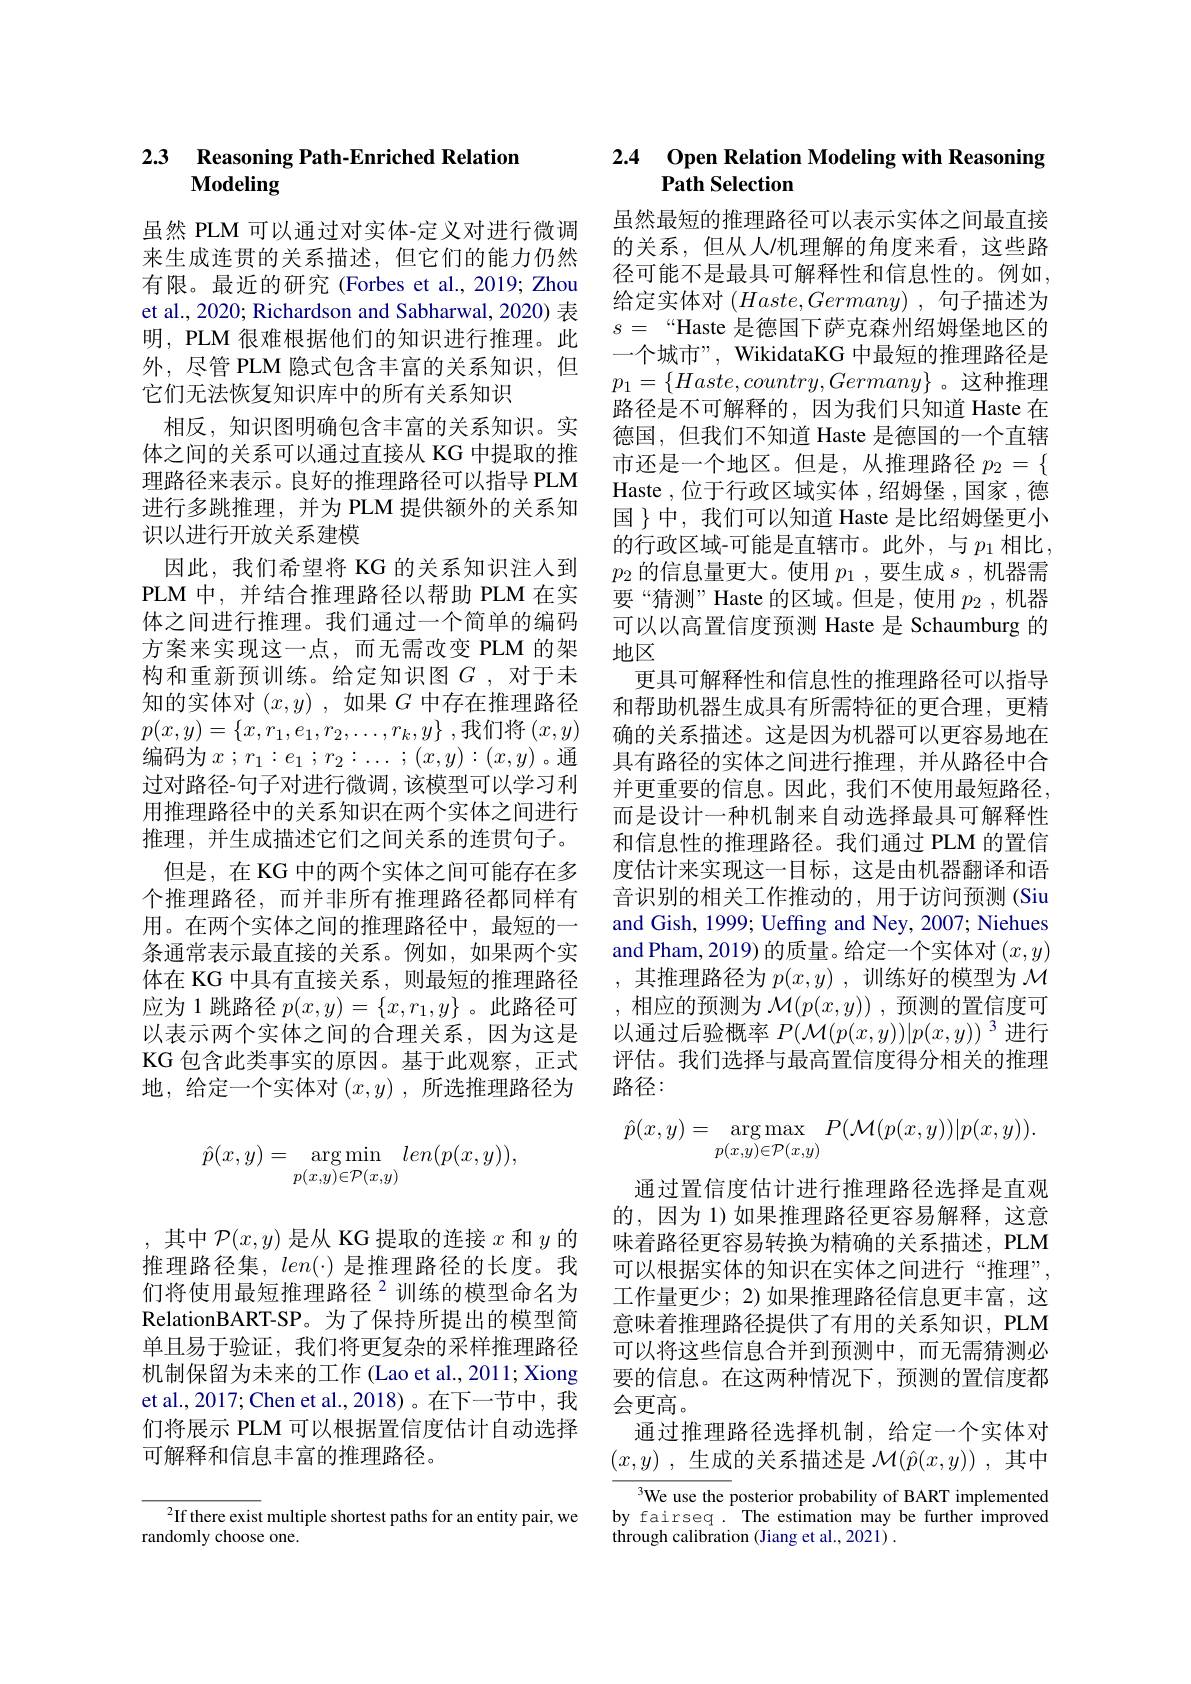
## 2.3 Reasoning Path-Enriched Relation Modeling

虽然 PLM 可以通过对实体-定义对进行微调来生成连贯的关系描述，但它们的能力仍然有限。最近的研究(Forbes et al.,2019; Zhou et al., 2020; Richardson and Sabharwal, 2020) 表明，PLM 很难根据他们的知识进行推理。此外，尽管 PLM 隐式包含丰富的关系知识，但它们无法恢复知识库中的所有关系知识
相反，知识图明确包含丰富的关系知识。实体之间的关系可以通过直接从 KG 中提取的推理路径来表示。良好的推理路径可以指导 PLM 进行多跳推理，并为 PLM 提供额外的关系知识以进行开放关系建模
因此，我们希望将 KG 的关系知识注人到PLM 中，并结合推理路径以帮助 PLM 在实体之间进行推理。我们通过一个简单的编码方案来实现这一点，而无需改变 PLM 的架构和重新预训练。给定知识图$G$ ,对于未知的实体对$( x, y)$ ,如果$G$中存在推理路径$p(x,y)=\left\{x,r_1,e_1,r_2,\ldots,r_k,y\right\}$,我们将$\left(x,y\right)$ 编码为$x$ ; $r_1: e_1$ ; $r_2$ $\nobreak {: } \ldots$ ; $( x, y)$ : $( x, y)$ 。通过对路径-句子对进行微调，该模型可以学习利用推理路径中的关系知识在两个实体之间进行推理，并生成描述它们之间关系的连贯句子。
但是，在 KG 中的两个实体之间可能存在多个推理路径，而并非所有推理路径都同样有用。在两个实体之间的推理路径中，最短的一条通常表示最直接的关系。例如，如果两个实体在 KG 中具有直接关系 , 则最短的推理路径应为 1 跳路径$p(x,y)=\{x,r_1,y\}$ 。此路径可以表示两个实体之间的合理关系，因为这是KG 包含此类事实的原因。基于此观察，正式地，给定一个实体对$(x,y)$ ,所选推理路径为

$\hat{p}(x,y)=\underset{p(x,y)\in\mathcal{P}(x,y)}{\operatorname*{\operatorname*{argmin}}}len(p(x,y))$,

,其中$\mathcal{P}(x,y)$是从 KG 提取的连接$x$和$y$的推理路径集，$len(\cdot)$是推理路径的长度。我们将使用最短推理路径$^{2}$训练的模型命名为RelationBART- SP。为 了 保 持 所 提 出 的 模 型 简 单且易于验证，我们将更复杂的采样推理路径机制保留为未来的工作(Lao et al., 2011; Xiong et al., 2017; Chen et al., 2018)。在下一节中，我们将展示 PLM 可以根据置信度估计自动选择可解释和信息丰富的推理路径。

$^2$If there exist multiple shortest paths for an entity pair, we
randomly choose one.

# 2.4 Open Relation Modeling with Reasoning Path Selection

虽然最短的推理路径可以表示实体之间最直接的关系，但从人/机理解的角度来看，这些路径可能不是最具可解释性和信息性的。例如， 给定实体对$(Haste,Germany)$ ,句子描述为$s=$“Haste 是德国下萨克森州绍姆堡地区的一个城市”, WikidataKG 中最短的推理路径是$p_1=\{Haste,country,Germany\}$。这种推理路径是不可解释的，因为我们只知道 Haste 在德国，但我们不知道 Haste 是德国的一个直辖市还是一个地区。但是，从推理路径$p_2=\{$ Haste ,位于行政区域实体 ,绍姆堡 ,国家 ,德国$\}$中，我们可以知道 Haste 是比绍姆堡更小的行政区域-可能是直辖市。此外，与 $p_{1}$ 相比， $p_2$的信息量更大。使用$p_1$,要生成$s$,机器需要“猜测”Haste 的区域。但是，使用$p_2$,机器可以以高置信度预测 Haste 是 Schaumburg 的地区
更具可解释性和信息性的推理路径可以指导和帮助机器生成具有所需特征的更合理，更精确的关系描述。这是因为机器可以更容易地在具有路径的实体之间进行推理，并从路径中合并更重要的信息。因此，我们不使用最短路径， 而是设计一种机制来自动选择最具可解释性和信息性的推理路径。我们通过 PLM 的置信度估计来实现这一目标，这是由机器翻译和语音识别的相关工作推动的，用于访问预测(Siu and Gish, 1999; Ueffing and Ney, 2007; Niehues and Pham, 2019) 的质量。给定一个实体对$(x,y)$ ,其推理路径为$p(x,y)$,训练好的模型为$\mathcal{M}$ ,相应的预测为$\mathcal{M}(p(x,y))$,预测的置信度可以通过后验概率$P(\mathcal{M}(p(x,y))|p(x,y))^3$进行评估。我们选择与最高置信度得分相关的推理路径：
$$\hat{p}(x,y)=\underset{p(x,y)\in\mathcal{P}(x,y)}{\arg\max}P(\mathcal{M}(p(x,y))|p(x,y)).$$
通过置信度估计进行推理路径选择是直观的，因为 1)如果推理路径更容易解释，这意味着路径更容易转换为精确的关系描述，PLM 可以根据实体的知识在实体之间进行“推理”, 工作量更少；2) 如果推理路径信息更丰富，这意味着推理路径提供了有用的关系知识，PLM 可以将这些信息合并到预测中，而无需猜测必要的信息。在这两种情况下，预测的置信度都会更高。
通过推理路径选择机制，给定一个实体对$( x, y)$ , 生 成 的 关 系 描 述 是 $\mathcal{M} ( \hat{p} ( x, y) )$ ,其中
3We use the posterior probability of BART implemented by fairseq . The estimation may be further improved through calibration (Jiang et al., 2021) .